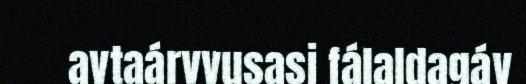
avtaárvvusasj fálaldagáv